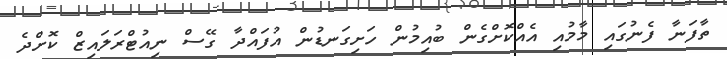
ތާފަނާ ފެނުގައި މާމުއި އެއްކޮށްގެން ބުއިމުން ހަށިގަނޑުން އުފައްދާ ގޭސް ނިއުޓްރަލައިޒް ކޮށްދެ